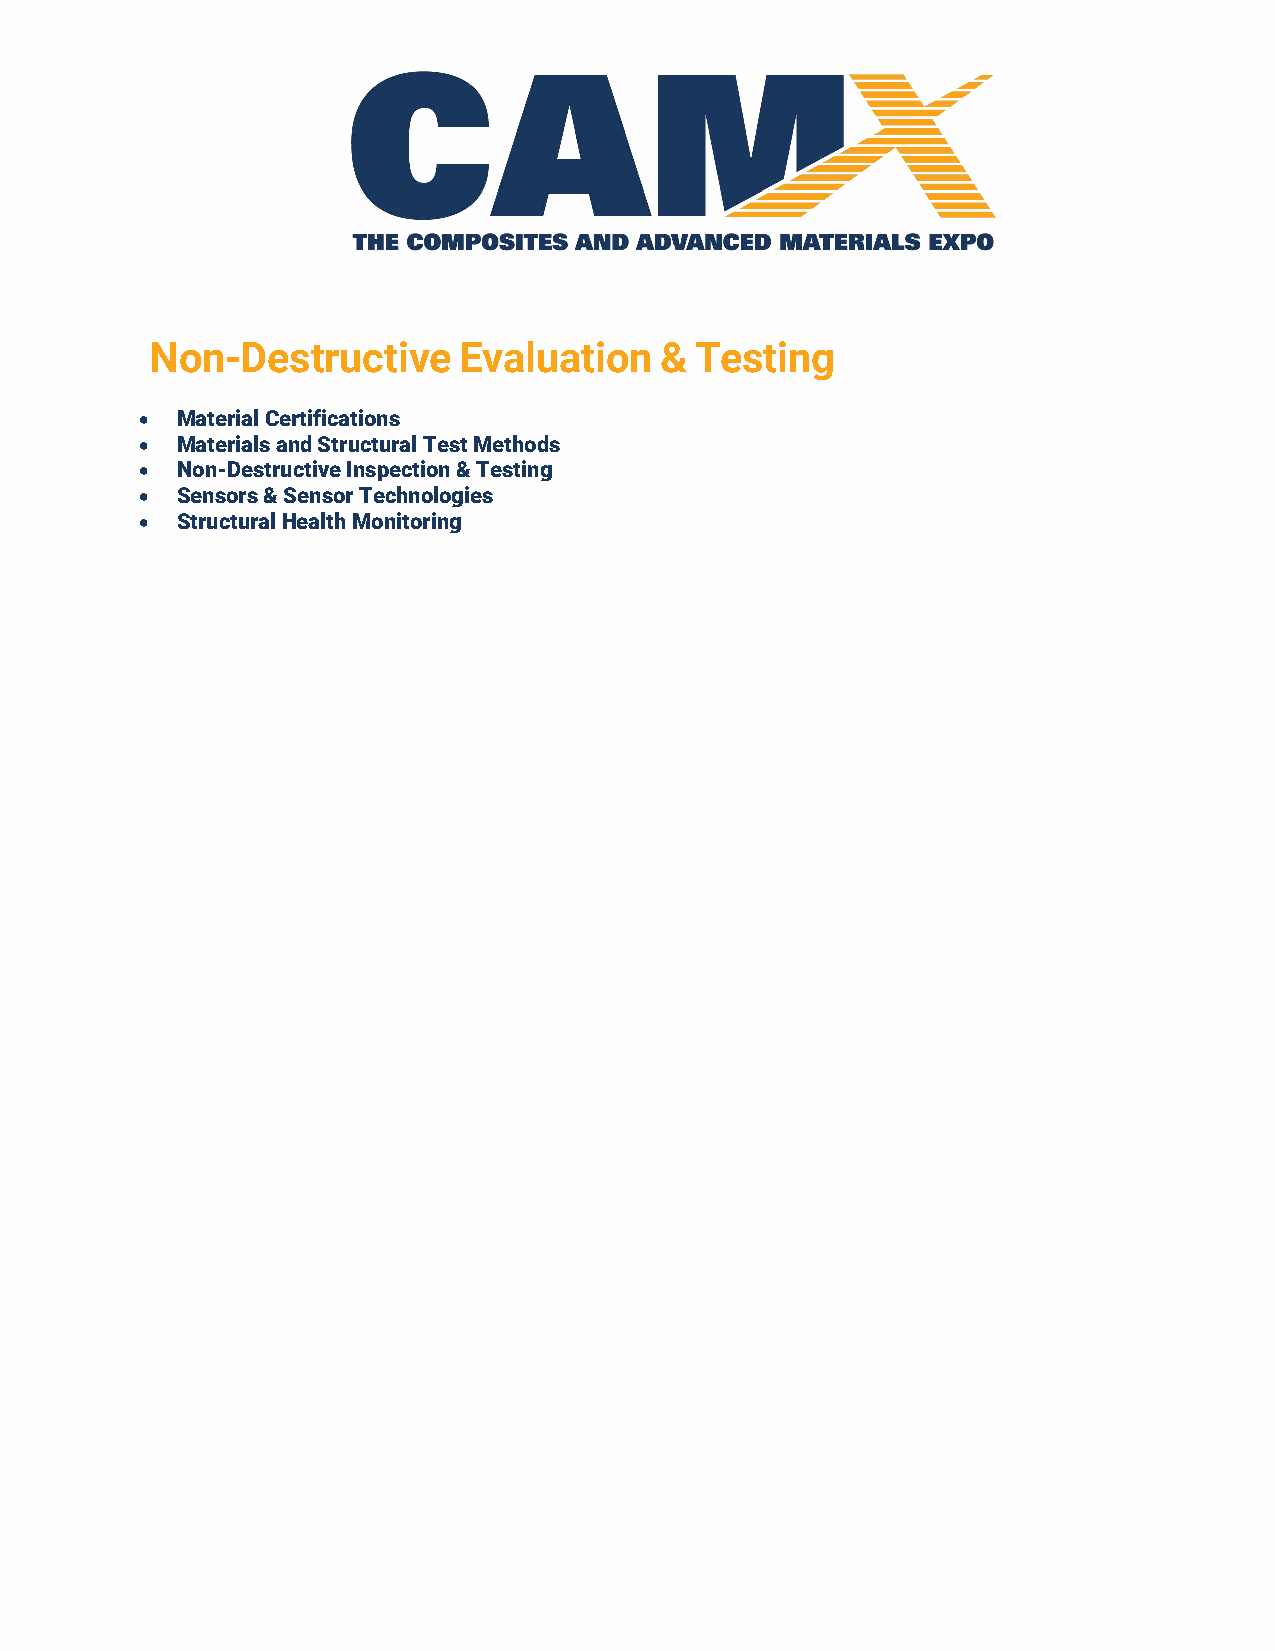
Non-Destructive     Evaluation    & Testing
 •  Material Certifications
 •  Materials and Structural Test Methods
 •  Non-Destructive Inspection & Testing
 •  Sensors & Sensor Technologies
 •  Structural Health Monitoring